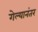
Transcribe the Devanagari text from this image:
गेल्‍यानंतर